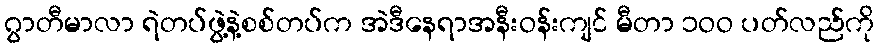
ဂွာတီမာလာ ရဲတပ်ဖွဲ့နဲ့စစ်တပ်က အဲဒီနေရာအနီးဝန်းကျင် မီတာ ၁ဝဝ ပတ်လည်ကို